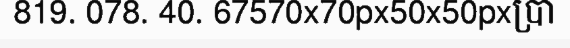
819. 078. 40. 67570x70px50x50pxប្រា